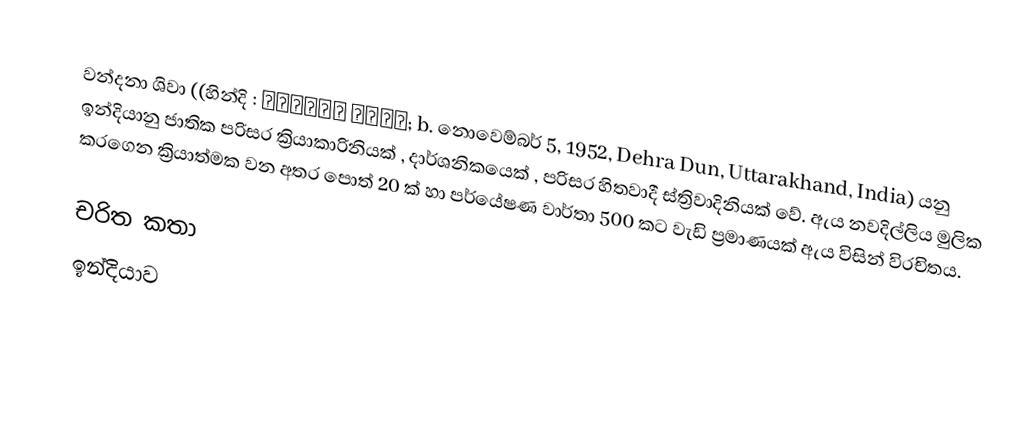
වන්දනා ශිවා ((හින්දි : वन्दना शिवा; b. නොවෙම්බර් 5, 1952, Dehra Dun, Uttarakhand, India) යනු ඉන්දියානු ජාතික පරිසර ක්‍රියාකාරිනියක් , දාර්ශනිකයෙක් , පරිසර හිතවාදී ස්ත්‍රිවාදිනියක් වේ. ඇය නවදිල්ලිය මුලික කරගෙන ක්‍රියාත්මක වන අතර පොත් 20 ක් හා පර්යේෂණ වාර්තා 500 කට වැඩි ප්‍රමාණයක් ඇය විසින් විරචිතය.

චරිත කතා
ඉන්දියාව